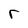
Character: r